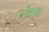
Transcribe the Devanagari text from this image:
लेंथाल्ल